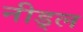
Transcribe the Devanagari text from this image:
नीड्ल